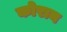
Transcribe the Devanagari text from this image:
कोरान